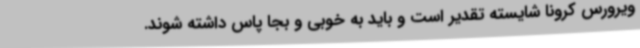
ویرورس کرونا شایسته تقدیر است و باید به خوبی و بجا پاس داشته شوند.